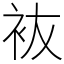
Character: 䘠